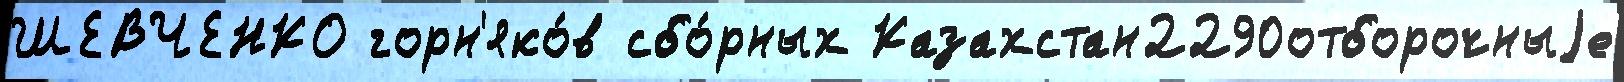
ШЕВЧЕНКО горн'яко́в сбо́рных Казахстан2290отборочныjе